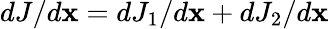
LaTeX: dJ/d\mathbf x=dJ_{1}/d\mathbf x+dJ_{2}/d\mathbf x